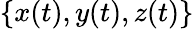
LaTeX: \{ x(t),y(t),z(t)\}